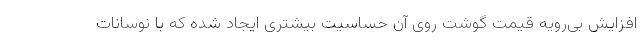
افزایش بی‌رویه قیمت گوشت روی آن حساسیت بیشتری ایجاد شده که با نوسانات